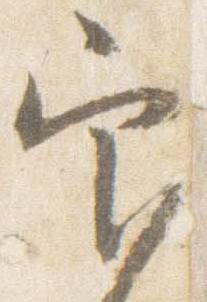
官